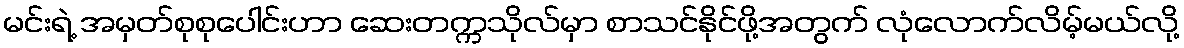
မင်းရဲ့ အမှတ်စုစုပေါင်းဟာ ဆေးတက္ကသိုလ်မှာ စာသင်နိုင်ဖို့အတွက် လုံလောက်လိမ့်မယ်လို့